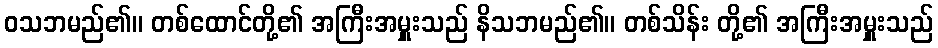
ဝသဘမည်၏။ တစ်ထောင်တို့၏ အကြီးအမှူးသည် နိသဘမည်၏။ တစ်သိန်း တို့၏ အကြီးအမှူးသည်